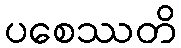
ပစေဿတိ